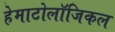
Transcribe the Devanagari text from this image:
हेमाटोलॉजिकल